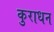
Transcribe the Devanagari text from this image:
कुराधन